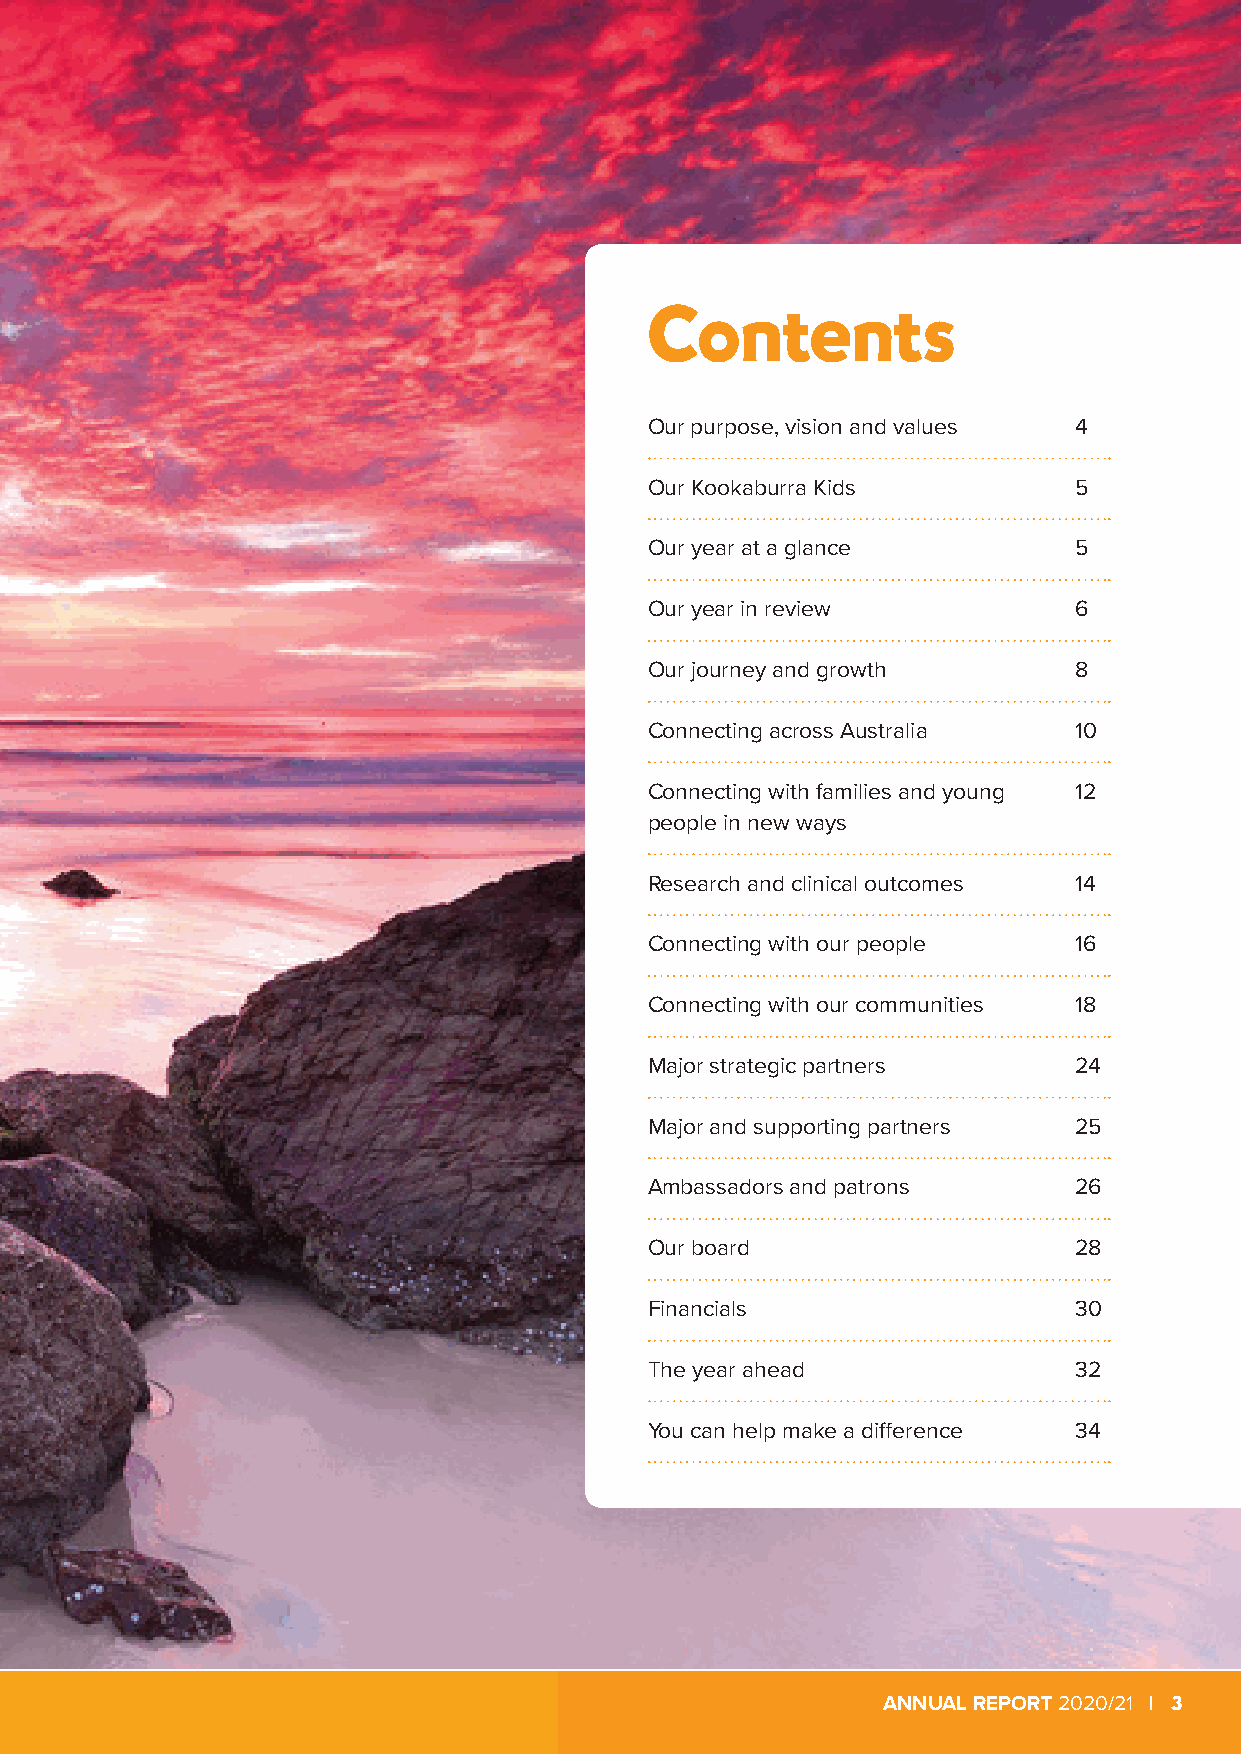
Contents
 Our purpose, vision and values 4
 Our Kookaburra Kids         5
 Our year at a glance        5
 Our year in review          6
 Our journey and growth      8
 Connecting across Australia 10
 Connecting with families and young 12
 people in new ways
 Research and clinical outcomes 14
 Connecting with our people  16
 Connecting with our communities 18
 Major strategic partners    24
 Major and supporting partners 25
 Ambassadors and patrons     26
 Our board                   28
 Financials                  30
 The year ahead              32
 You can help make a difference 34
 ANNUAL REPORT 2020/21 | 3